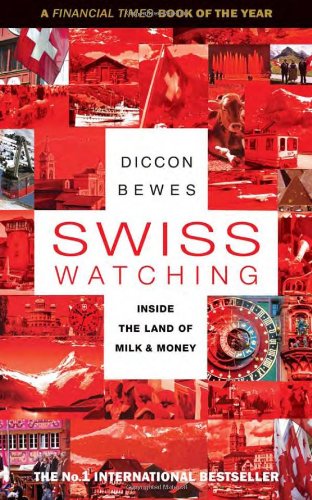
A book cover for Swiss Watching: Inside the Land of Milk and Money; Diccon Bewes; Travel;